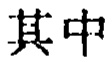
其中